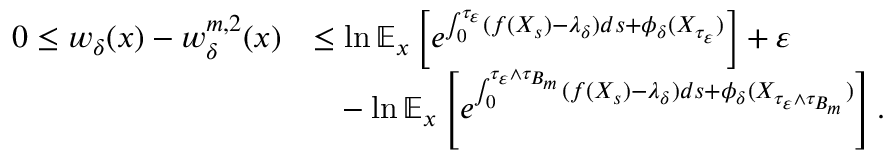
\begin{array} { r l } { 0 \leq w _ { \delta } ( x ) - w _ { \delta } ^ { m , 2 } ( x ) } & { \leq \ln \mathbb { E } _ { x } \left[ e ^ { \int _ { 0 } ^ { \tau _ { \varepsilon } } ( f ( X _ { s } ) - \lambda _ { \delta } ) d s + \phi _ { \delta } ( X _ { \tau _ { \varepsilon } } ) } \right] + \varepsilon } \\ & { \phantom { = } - \ln \mathbb { E } _ { x } \left[ e ^ { \int _ { 0 } ^ { \tau _ { \varepsilon } \wedge \tau _ { B _ { m } } } ( f ( X _ { s } ) - \lambda _ { \delta } ) d s + \phi _ { \delta } ( X _ { \tau _ { \varepsilon } \wedge \tau _ { B _ { m } } } ) } \right] . } \end{array}